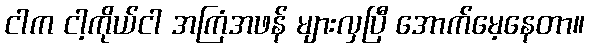
ငါက ငါ့ကိုယ်ငါ အကြံအဖန် များလှပြီ အောက်မေ့နေတာ။